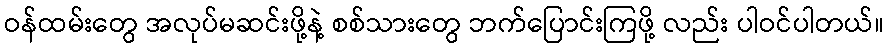
ဝန်ထမ်းတွေ အလုပ်မဆင်းဖို့နဲ့ စစ်သားတွေ ဘက်ပြောင်းကြဖို့ လည်း ပါဝင်ပါတယ်။